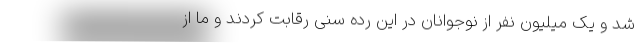
شد و یک میلیون نفر از نوجوانان در این رده سنی رقابت کردند و ما از